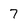
Character: 7